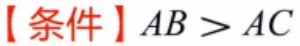
【条件】$AB > AC$